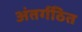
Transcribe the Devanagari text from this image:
अंतर्गठित